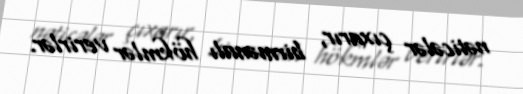
nəticələr çıxarır, birmənalı hökmlər verirlər.